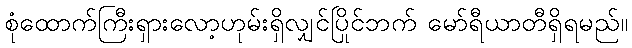
စုံထောက်ကြီးရှားလော့ဟုမ်းရှိလျှင်ပြိုင်ဘက် မော်ရီယာတီရှိရမည်။